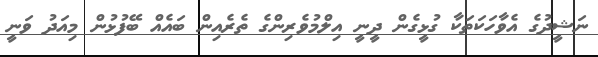
ނަޝީދުގެ އެވާހަކަތަކާ ގުޅީގެން ދީނީ އިލްމުވެރިންގެ ތެރެއިން ބައެއް ބޭފުޅުން މިއަދު ވަނީ